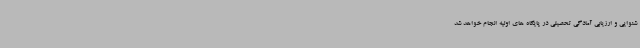
شنوایی و ارزیابی آمادگی تحصیلی در پایگاه های اولیه انجام خواهد شد